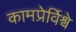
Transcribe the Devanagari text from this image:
कामप्रेर्विश्वे